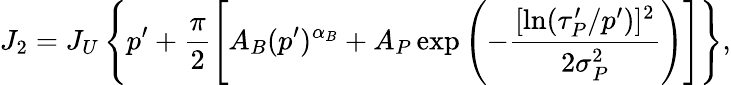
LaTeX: J_{2}=J_{U}\left\{ p^{\prime}+\frac{\pi}{2}\left[A_{B}(p^{\prime})^{\alpha_{B}}+A_{P}\exp\left(-\frac{[\ln(\tau_{P}^{\prime}/p^{\prime})]^{2}}{2\sigma_{P}^{2}}\right)\right]\right\} ,